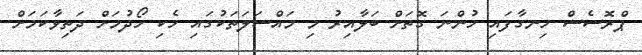
ޕްރޮސެސް ހިނގާފައި ހުންނަ ގޮތަށް ބަލާއިރު މި މައްސަލަތަކުގައި ހެކި ހޯދުމަށް ދަތިވާކަމަށް